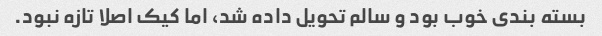
بسته بندی خوب بود و سالم تحویل داده شد، اما کیک اصلا تازه نبود.